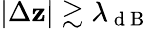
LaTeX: |\Delta\mathbf{z}|\gtrsim\lambda_{\mathrm{{~d~B~}}}